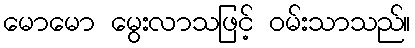
မောမော မွေးလာသဖြင့် ဝမ်းသာသည်။